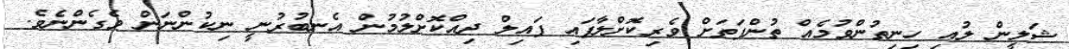
ޝަލީން ލުއި ހިނިތުންވުމެއް ތުންފަތަށް ވެރިކޮށްލާފައި ފައިލް ދިއްކޮށްލުމުން އެނބުރުނީ ނިކުންނަން ވެގެންނެވެ.